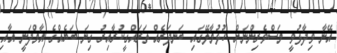
އޭނާ ވިދާޅުވީ މަސްވެރިންނަށް ހުޅުމާލޭގައި ބަނދަރެއް ތަރައްގީކުރާއިރު ގިނަ ބަޔެއްގެ އާމްދަނީ އާއި